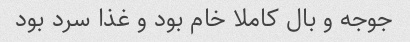
جوجه و بال کاملا خام بود و غذا سرد بود